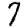
Digit: 7